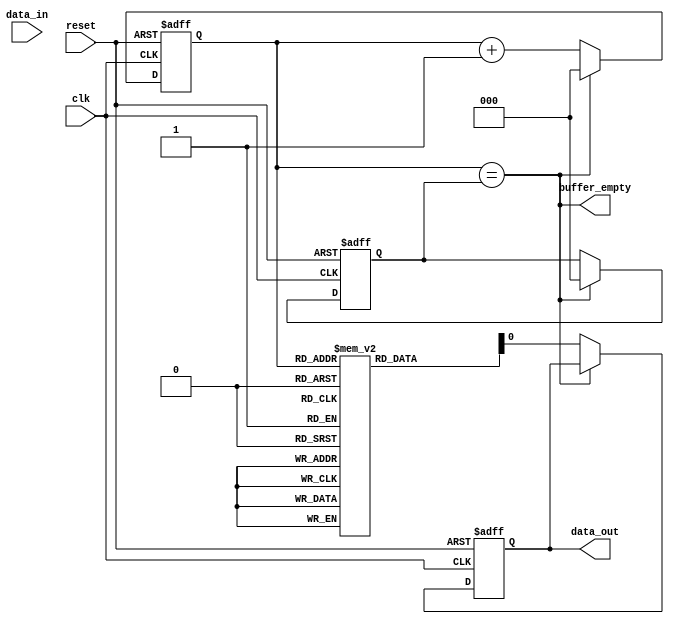
module almost_empty_fifo(
    input wire clk,
    input wire reset,
    input wire data_in,
    output reg data_out,
    output reg buffer_empty
);

reg [7:0] buffer[0:7]; // FIFO buffer with depth of 8
reg [2:0] read_ptr;
reg [2:0] write_ptr;

assign buffer_empty = (read_ptr == write_ptr);

always @(posedge clk or posedge reset) begin
    if (reset) begin
        read_ptr <= 3'b000;
        write_ptr <= 3'b000;
    end else begin
        if (buffer_empty) begin
            read_ptr <= 3'b000;
            write_ptr <= 3'b000;
        end else begin
            read_ptr <= read_ptr + 1;
            write_ptr <= write_ptr;
        end
    end
end

always @(posedge clk or posedge reset) begin
    if (reset) begin
        data_out <= 1'b0;
    end else begin
        if (!buffer_empty) begin
            data_out <= buffer[read_ptr];
        end
    end
end

always @(posedge clk or posedge reset) begin
    if (reset) begin
        // synchronization logic here
    end else begin
        // synchronization logic here
    end
end

always @(posedge clk or posedge reset) begin
    if (reset) begin
        // timing control logic here
    end else begin
        // timing control logic here
    end
end

endmodule